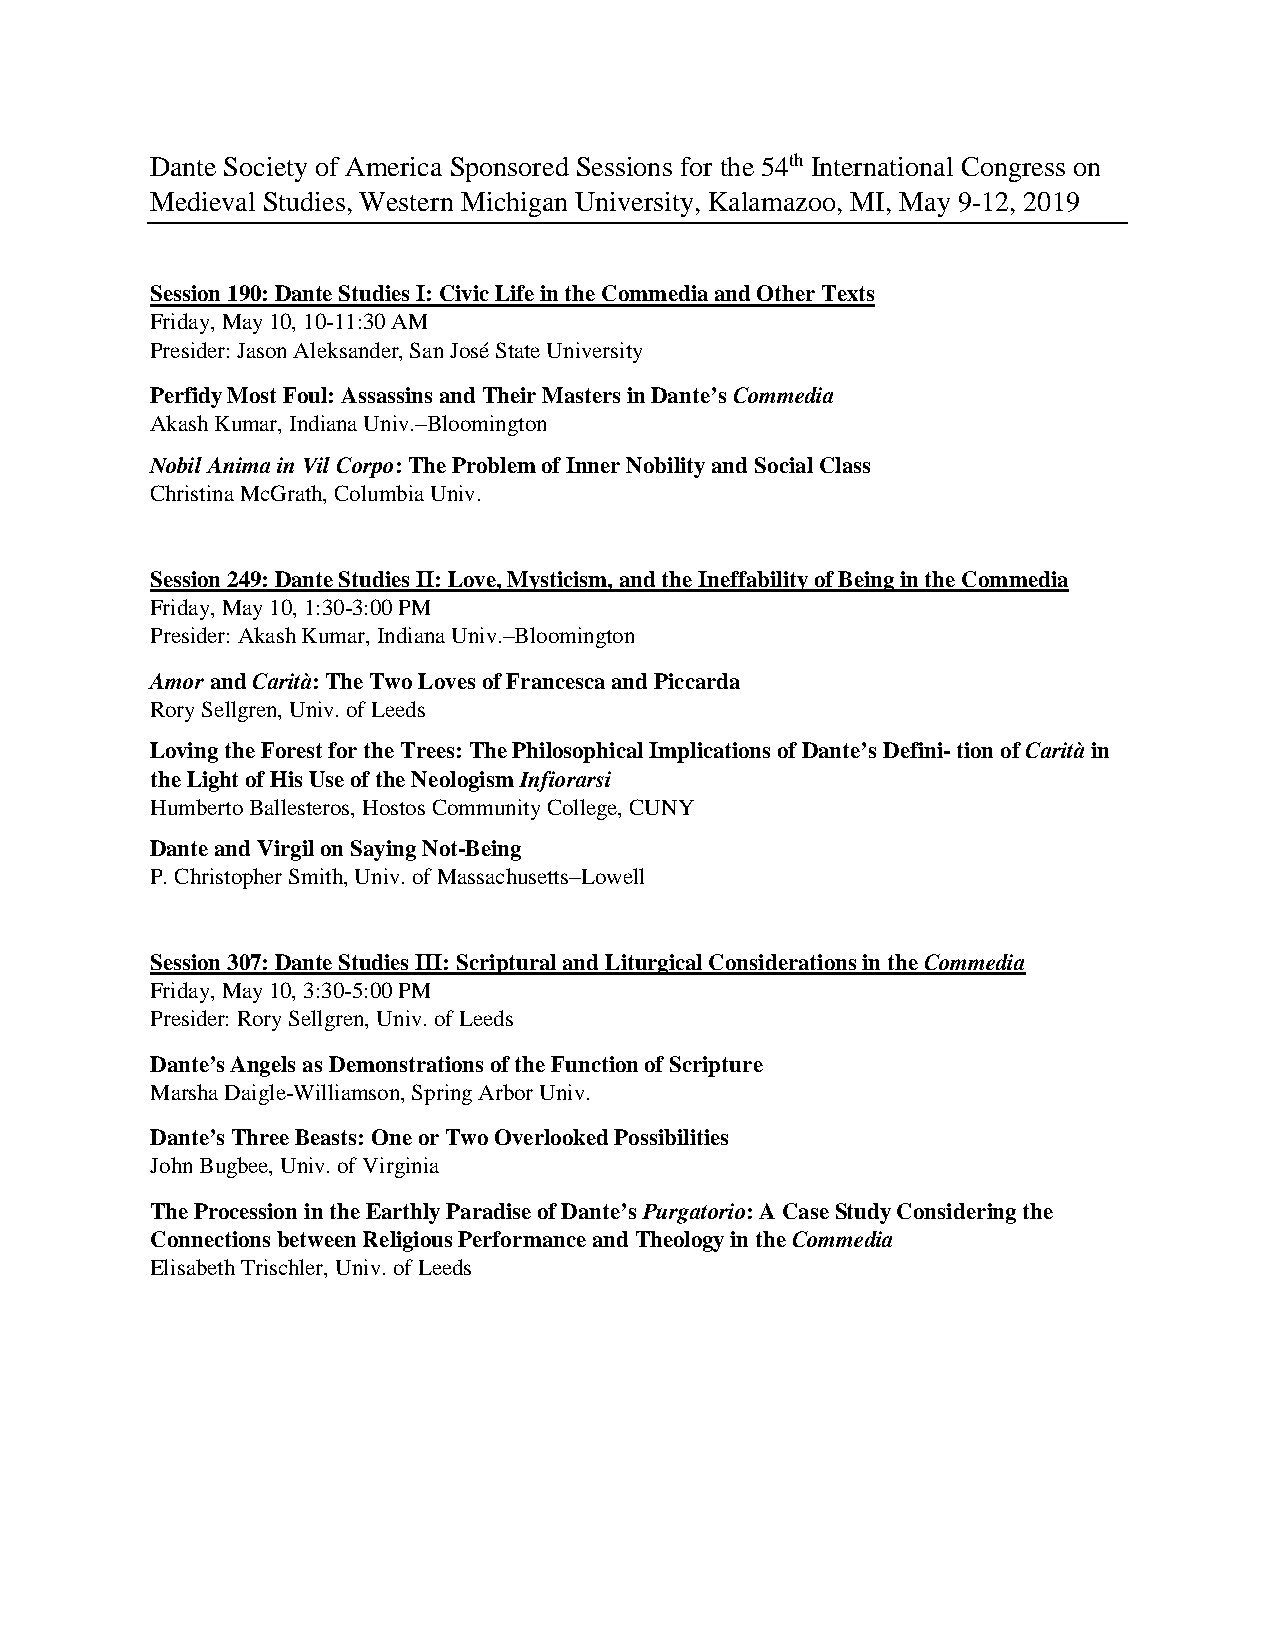
Dante Society of America Sponsored Sessions for the 54th International Congress on
 Medieval Studies, Western Michigan University, Kalamazoo, MI, May 9-12, 2019
 Session 190: Dante Studies I: Civic Life in the Commedia and Other Texts
 Friday, May 10, 10-11:30 AM
 Presider: Jason Aleksander, San José State University
 Perfidy Most Foul: Assassins and Their Masters in Dante’s Commedia
 Akash Kumar, Indiana Univ.–Bloomington
 Nobil Anima in Vil Corpo: The Problem of Inner Nobility and Social Class
 Christina McGrath, Columbia Univ.
 Session 249: Dante Studies II: Love, Mysticism, and the Ineffability of Being in the Commedia
 Friday, May 10, 1:30-3:00 PM
 Presider: Akash Kumar, Indiana Univ.–Bloomington
 Amor and Carità: The Two Loves of Francesca and Piccarda
 Rory Sellgren, Univ. of Leeds
 Loving the Forest for the Trees: The Philosophical Implications of Dante’s Defini- tion of Carità in
 the Light of His Use of the Neologism Infiorarsi
 Humberto Ballesteros, Hostos Community College, CUNY
 Dante and Virgil on Saying Not-Being
 P. Christopher Smith, Univ. of Massachusetts–Lowell
 Session 307: Dante Studies III: Scriptural and Liturgical Considerations in the Commedia
 Friday, May 10, 3:30-5:00 PM
 Presider: Rory Sellgren, Univ. of Leeds
 Dante’s Angels as Demonstrations of the Function of Scripture
 Marsha Daigle-Williamson, Spring Arbor Univ.
 Dante’s Three Beasts: One or Two Overlooked Possibilities
 John Bugbee, Univ. of Virginia
 The Procession in the Earthly Paradise of Dante’s Purgatorio: A Case Study Considering the
 Connections between Religious Performance and Theology in the Commedia
 Elisabeth Trischler, Univ. of Leeds